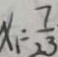
x _ { 1 } = \frac { 7 } { 2 3 }